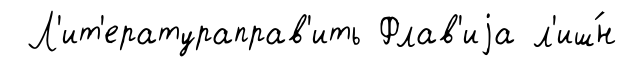
Л'ит'ератураправ'ить Флав'иjа л'иш́н